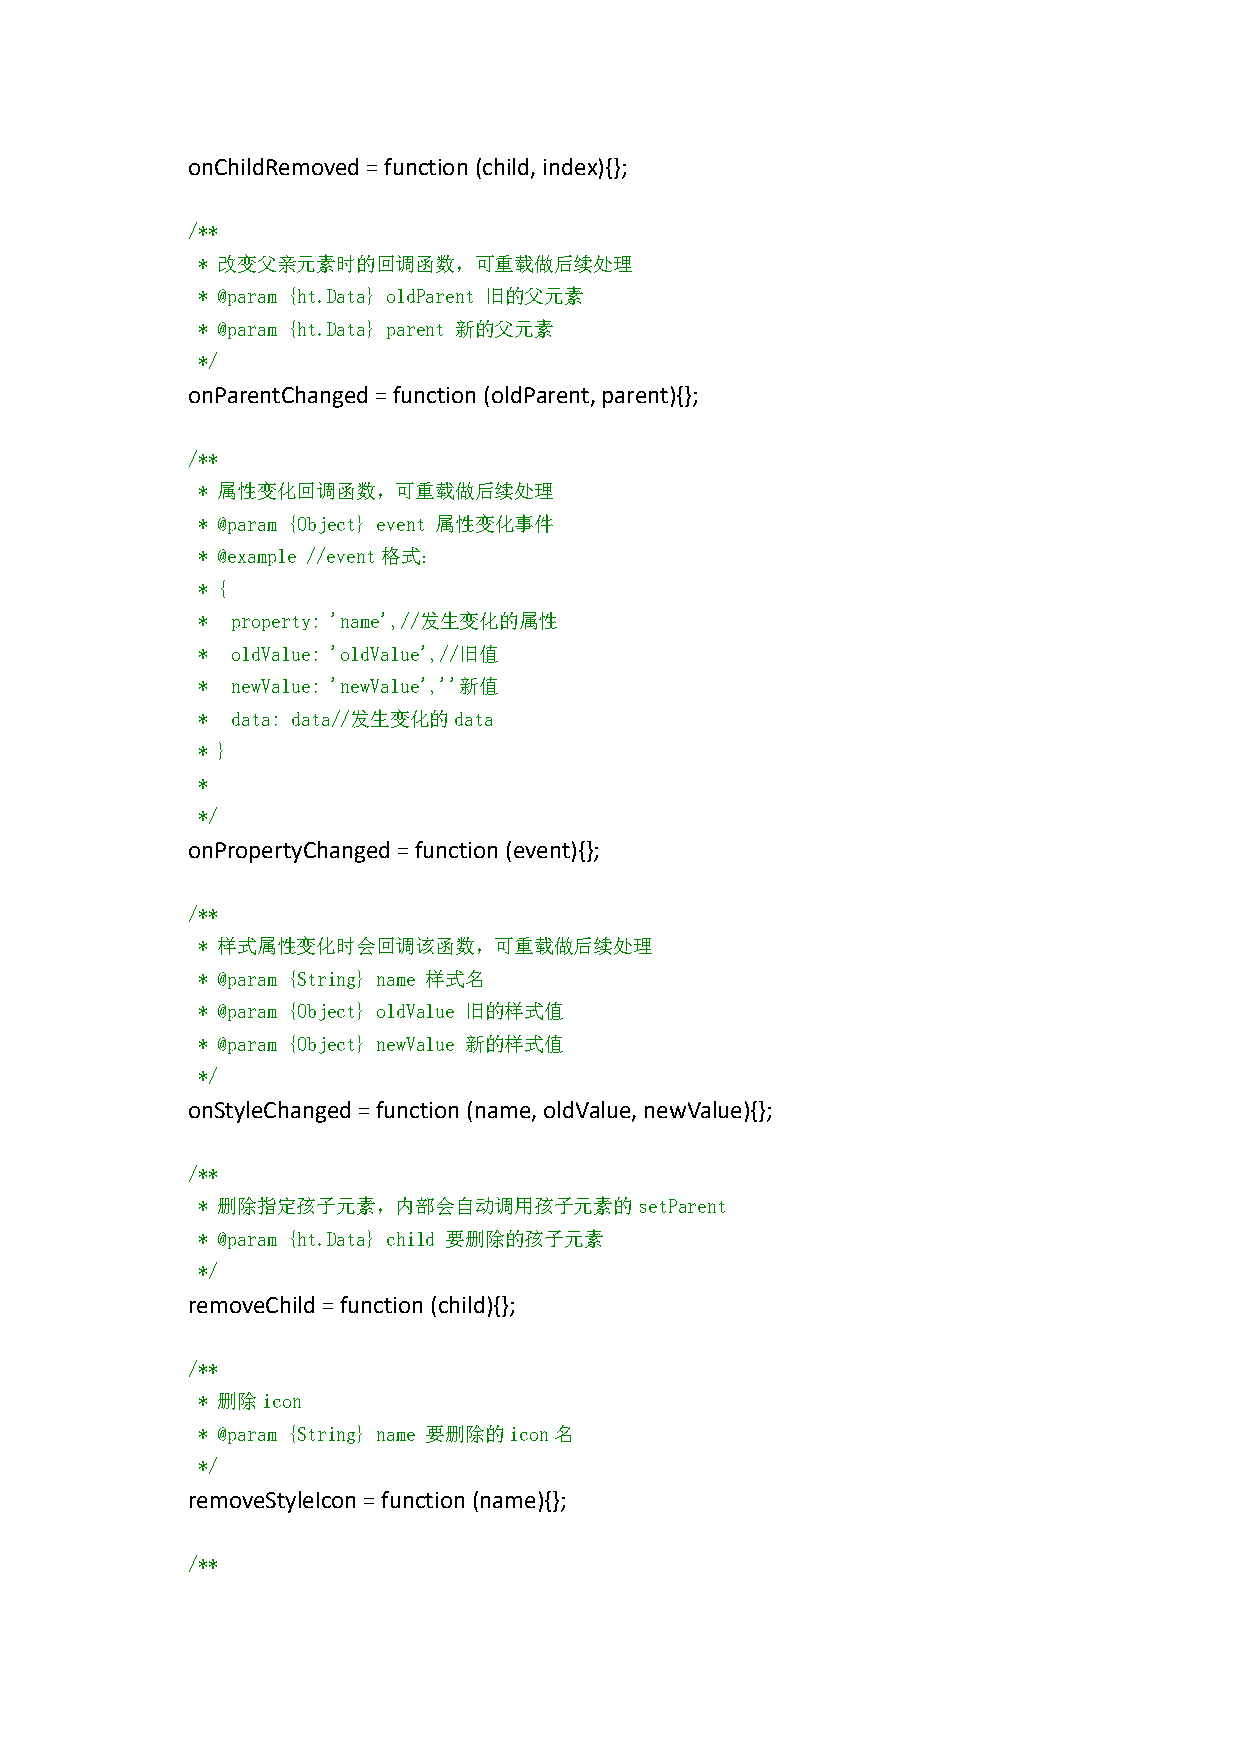
onChildRemoved=function(child,index){};
 /**
 * 改变父亲元素时的回调函数，可重载做后续处理
 * @param {ht.Data} oldParent 旧的父元素
 * @param {ht.Data} parent 新的父元素
 */
 onParentChanged=function(oldParent,parent){};
 /**
 * 属性变化回调函数，可重载做后续处理
 * @param {Object} event 属性变化事件
 * @example //event格式：
 * {
 * property: 'name',//发生变化的属性
 * oldValue: 'oldValue',//旧值
 * newValue: 'newValue',''新值
 * data: data//发生变化的data
 * }
 *
 */
 onPropertyChanged=function(event){};
 /**
 * 样式属性变化时会回调该函数，可重载做后续处理
 * @param {String} name 样式名
 * @param {Object} oldValue 旧的样式值
 * @param {Object} newValue 新的样式值
 */
 onStyleChanged=function(name,oldValue,newValue){};
 /**
 * 删除指定孩子元素，内部会自动调用孩子元素的setParent
 * @param {ht.Data} child 要删除的孩子元素
 */
 removeChild=function(child){};
 /**
 * 删除icon
 * @param {String} name 要删除的icon名
 */
 removeStyleIcon=function(name){};
 /**